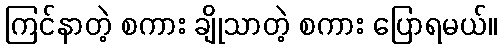
ကြင်နာတဲ့ စကား ချိုသာတဲ့ စကား ပြောရမယ်။